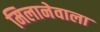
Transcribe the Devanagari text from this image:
मिलानेवाला